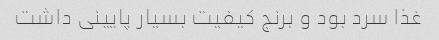
غذا سرد بود و برنج کیفیت بسیار پایینی داشت